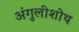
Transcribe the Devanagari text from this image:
अंगुलीशोथ